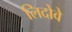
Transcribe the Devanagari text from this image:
लिदोवे